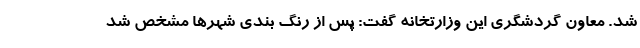
شد. معاون گردشگری این وزارتخانه گفت: پس از رنگ بندی شهرها مشخص شد